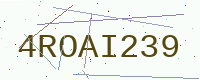
Text: 4ROAI239